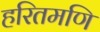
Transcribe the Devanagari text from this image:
हरितमणि